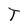
Character: T